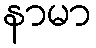
နာမာ